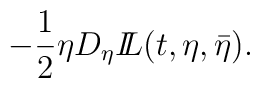
- \frac{1}{2} \eta D_\eta {I\!\!L}(t,\eta ,\bar\eta ).